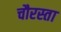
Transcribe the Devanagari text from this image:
चौरस्ता